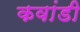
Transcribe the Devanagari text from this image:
कवांडी